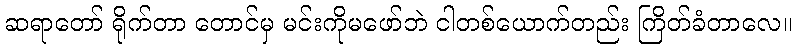
ဆရာတော် ရိုက်တာ တောင်မှ မင်းကိုမဖော်ဘဲ ငါတစ်ယောက်တည်း ကြိတ်ခံတာလေ။